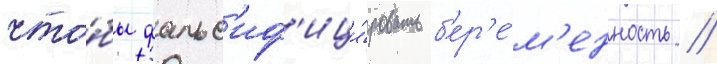
что́бы фальс'иф'ици́ровать б'ер'е́м'енность //